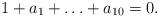
LaTeX: \begin{align*} 1+a_1+\ldots+a_{10}=0.\end{align*}